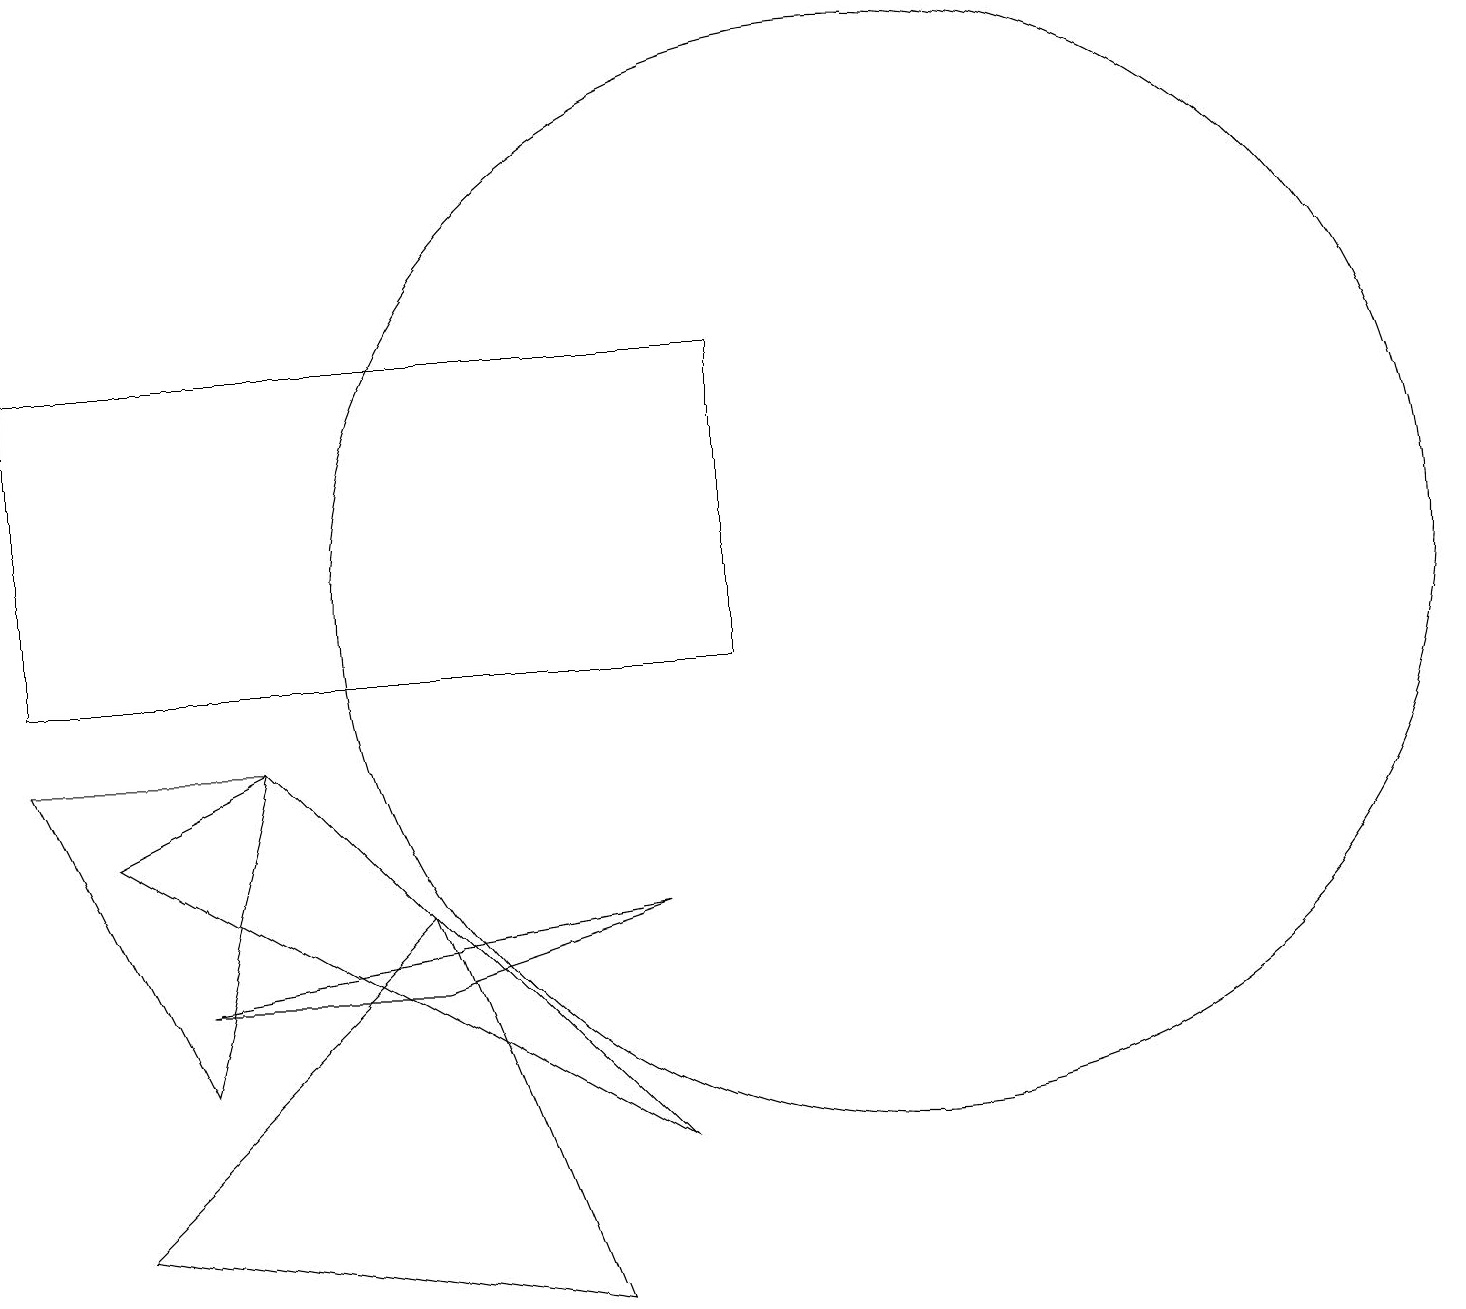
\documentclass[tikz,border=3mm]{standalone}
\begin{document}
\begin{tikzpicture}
\draw (3,9) -- (0,9) -- (2,5) -- cycle;
\draw (3,9) -- (1,8) -- (8,4) -- cycle;
\draw (0,14) rectangle (9,10);
\draw (5,6) -- (8,7) -- (2,6) -- cycle;
\draw (5,7) -- (1,3) -- (7,2) -- cycle;
\draw (11,11) circle (7);
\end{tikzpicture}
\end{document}